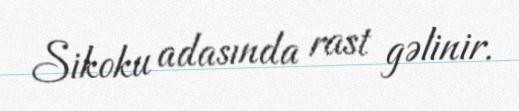
Sikoku adasında rast gəlinir.